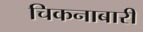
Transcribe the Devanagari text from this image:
चिकनाबारी